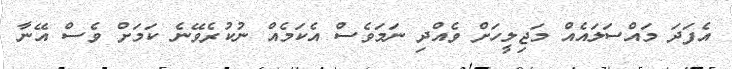
އެފަދަ މައްސަލައެއް މަޖިލީހަށް ވެއްދި ނަމަވެސް އެކަމެއް ނުކުރެވޭނެ ކަމަށް ވެސް އޭނާ